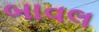
બાવલ